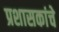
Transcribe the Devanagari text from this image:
प्रशासकांचे